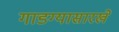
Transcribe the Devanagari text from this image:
गाडग्यासारखे